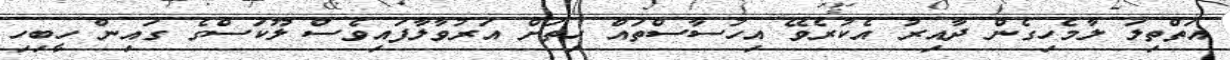
އަތްތިލަ ލާމެހިގެން ދާއިރު އެކުރެވޭ އިހުސާސްތައް ހިތަށް އަރުވާލާފައިވެސް ލޫކަސްގެ ގައިން ހީބިހި